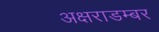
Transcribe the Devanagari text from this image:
अक्षराडम्बर